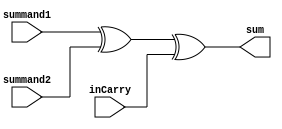
// Fulladders for carry-lookahead adder

module fulladder_cla(
	input summand1,
	input summand2,
	input inCarry,
	output sum
);

	assign sum = ((summand1 ^ summand2) ^ inCarry);
	
endmodule